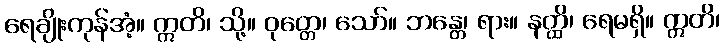
ရေချိုးကုန်အံ့။ ဣတိ၊ သို့။ ဝုတ္တေ၊ သော်။ ဘန္တေ၊ ရား။ နတ္ထိ၊ ရေမရှိ။ ဣတိ၊